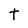
Character: t